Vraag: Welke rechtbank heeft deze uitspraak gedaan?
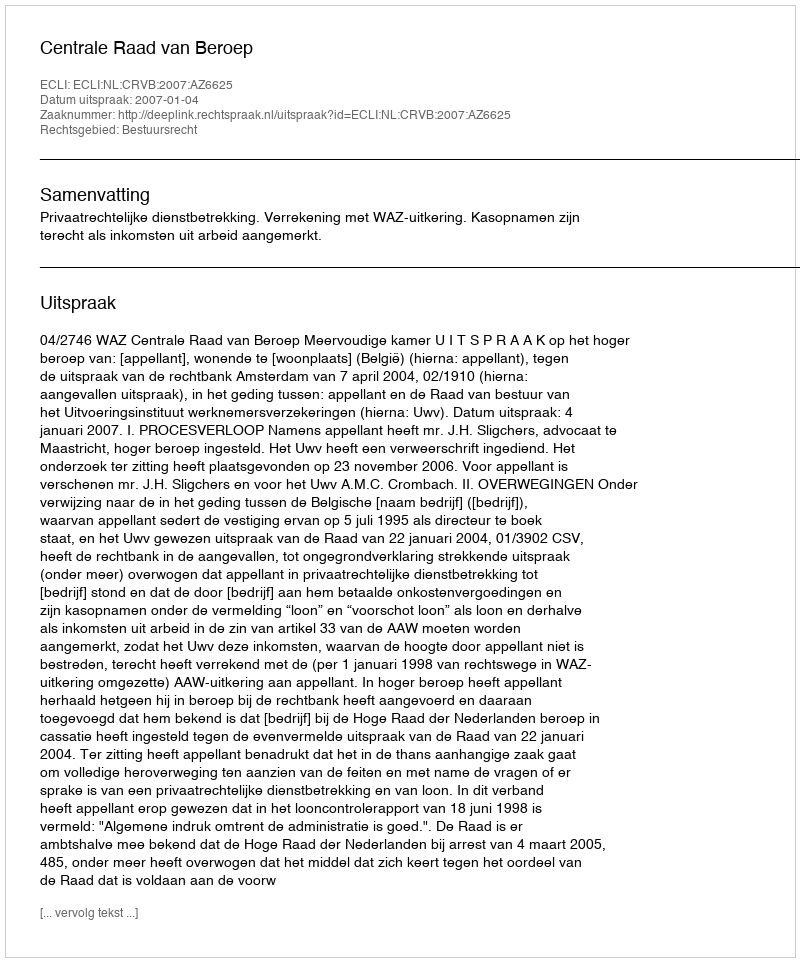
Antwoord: Centrale Raad van Beroep